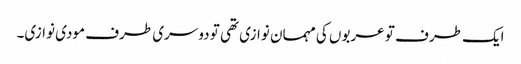
ایک طرف تو عربوں کی مہمان نوازی تھی تو دوسری طرف مودی نوازی۔